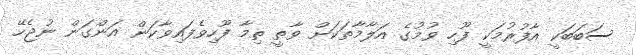
ސަބަބަކީ އާފުރުމަކީ ފޫހި ވުމުގެ އަލާމާތަކަށް ވާތީ ތިމާ ފޫހިވެފައިވާކަން އަންގަން ނުޖެހޭ